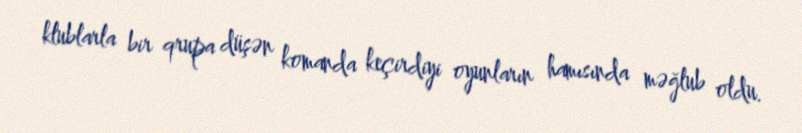
klublarla bir qrupa düşən komanda keçirdiyi oyunların hamısında məğlub oldu.